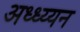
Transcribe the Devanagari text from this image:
अध्ध्य्यन